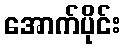
အောက်ပိုင်း